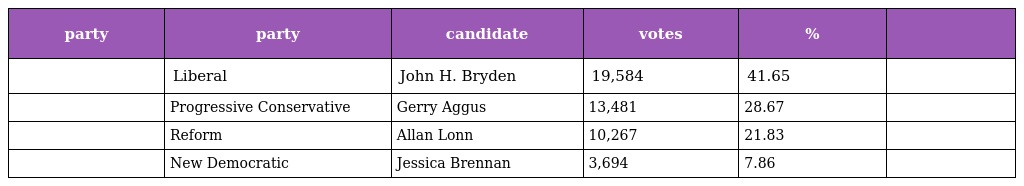
| party | party | candidate | votes | % |  |
 | --- | --- | --- | --- | --- | --- |
 |  | Liberal | John H. Bryden | 19,584 | 41.65 |  |
 |  | Progressive Conservative | Gerry Aggus | 13,481 | 28.67 |  |
 |  | Reform | Allan Lonn | 10,267 | 21.83 |  |
 |  | New Democratic | Jessica Brennan | 3,694 | 7.86 |  |